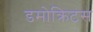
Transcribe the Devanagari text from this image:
डमोक्रिटस